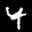
Label: 4